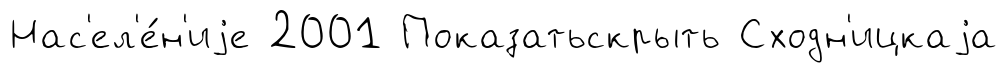
Нас'ел'е́н'иjе 2001 Показатьскрыть Сходн'ицкаjа